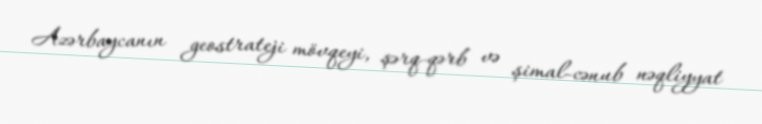
Azərbaycanın geostrateji mövqeyi, şərq-qərb və şimal-cənub nəqliyyat